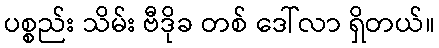
ပစ္စည်း သိမ်း ဗီဒိုခ တစ် ဒေါ်လာ ရှိတယ်။